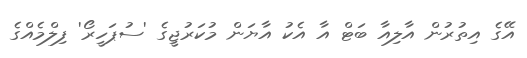
އޭގެ އިތުރުން އާލިއާ ބަޓް އާ އެކު އާޔަން މުކަރުޖީގެ 'ސުޕަހީރޯ' ފިލްމެއްގެ